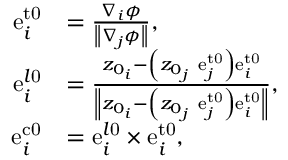
\begin{array} { r l } { \mathrm { e } _ { i } ^ { \mathrm { { t 0 } } } } & { = \frac { \nabla _ { i } \phi } { \left\| \nabla _ { j } \phi \right\| } , } \\ { \mathrm { e } _ { i } ^ { l \mathrm { 0 } } } & { = \frac { z _ { 0 _ { i } } - \left( z _ { 0 _ { j } } \ \mathrm { e } _ { j } ^ { \mathrm { { t 0 } } } \right) \mathrm { e } _ { i } ^ { \mathrm { t 0 } } } { \left\| z _ { 0 _ { i } } - \left( z _ { 0 _ { j } } \ \mathrm { e } _ { j } ^ { \mathrm { { t 0 } } } \right) \mathrm { e } _ { i } ^ { \mathrm { t 0 } } \right\| } , } \\ { \mathrm { e } _ { i } ^ { \mathrm { { c 0 } } } } & { = \mathrm { e } _ { i } ^ { l \mathrm { 0 } } \times \mathrm { e } _ { i } ^ { \mathrm { { t 0 } } } , } \end{array}